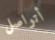
أتواصل